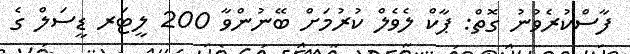
ފާސްކުރެވުނު ގޮތް: ޕާކް ލެވެލް ކުރުމަށް ބޭނުންވާ 200 ލީޓަރ ޑީސަލް ގެ